Annual vaccination report of Bihar and Orissa - 1911-1928
Year: 1911
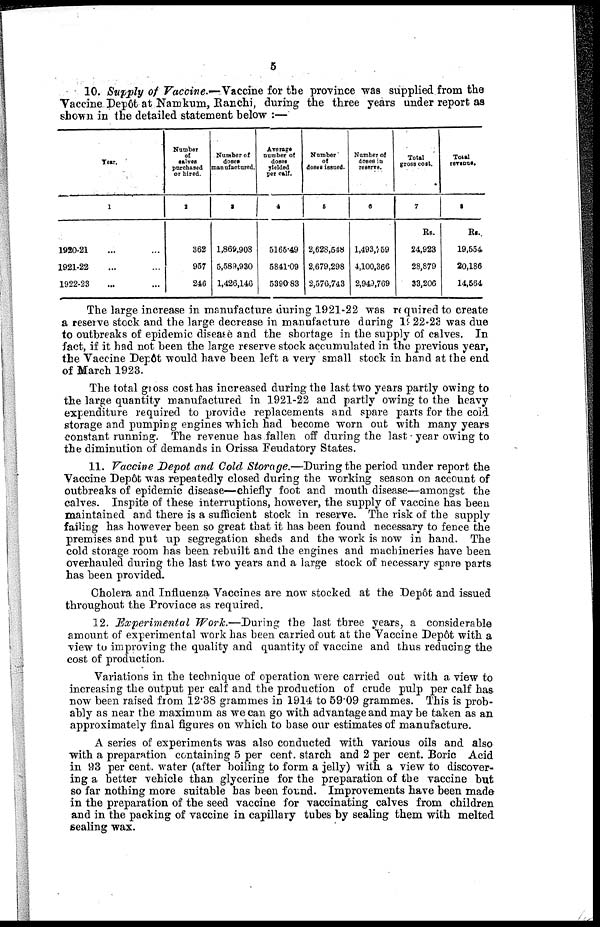
5
10. Supply of Vaccine.— Vaccine for the province was supplied from the
Vaccine Depôt at Namkum, Ranchi, during the three years under report as
shown in the detailed statement below :—
Year.
1
1920-21 ... ...
1921-22 ... ...
1922-23 ... ...
Number
of
calves
purchased
or hired.
2
362
957
246
Number of
doses
manufactured.
3
1,869,908
5,589,930
1,426,146
Arerage
number of
doses
yielded
per calf.
4
5165.49
5841.09
5390.83
Number
of
doses issued.
5
2,628,548
2,679,298
2,576,743
Number of
doses in
reserve.
6
1,493,759
4,100,366
2,949,769
Total
gross cost.
7
Rs.
24,923
28,879
33,206
Total
revenue.
8
Rs.
19,554
20,186
14,564
The large increase in manufacture during 1921-22 was required to create
a reserve stock and the large decrease in manufacture during 1922-23 was due
to outbreaks of epidemic disease and the shortage in the supply of calves. In
fact, if it had not been the large reserve stock accumulated in the previous year,
the Vaccine Depôt would have been left a very small stock in hand at the end
of March 1923.
The total gross cost has increased during the last two years partly owing to
the large quantity manufactured in 1921-22 and partly owing to the heavy
expenditure required to provide replacements and spare parts for the cold
storage and pumping engines which had become worn out with many years
constant running. The revenue has fallen off during the last year owing to
the diminution of demands in Orissa Feudatory States.
11. Vaccine Depot and Cold Storage.—During the period under report the
Vaccine Depôt was repeatedly closed during the working season on account of
outbreaks of epidemic disease—chiefly foot and mouth disease—amongst the
calves. Inspite of these interruptions, however, the supply of vaccine has been
maintained and there is a sufficient stock in reserve. The risk of the supply
failing has however been so great that it has been found necessary to fence the
premises and put up segregation sheds and the work is now in hand. The
cold storage room has been rebuilt and the engines and machineries have been
overhauled during the last two years and a large stock of necessary spare parts
has been provided.
Cholera and Influenza Vaccines are now stocked at the Depôt and issued
throughout the Province as required.
12. Experimental Work.—During the last three years, a considerable
amount of experimental work has been carried out at the Vaccine Depôt with a
view to improving the quality and quantity of vaccine and thus reducing the
cost of production.
Variations in the technique of operation were carried out with a view to
increasing the output per calf and the production of crude pulp per calf has
now been raised from 12.38 grammes in 1914 to 59.09 grammes. This is prob-
ably as near the maximum as we can go with advantage and may be taken as an
approximately final figures on which to base our estimates of manufacture.
A series of experiments was also conducted with various oils and also
with a preparation containing 5 per cent. starch and 2 per cent. Boric Acid
in 93 per cent. water (after boiling to form a jelly) with a view to discover-
ing a better vehicle than glycerine for the preparation of the vaccine but
so far nothing more suitable has been found. Improvements have been made
in the preparation of the seed vaccine for vaccinating calves from children
and in the packing of vaccine in capillary tubes by sealing them with melted
sealing wax.